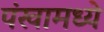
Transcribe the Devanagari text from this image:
पंखामध्ये